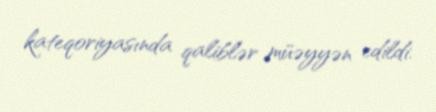
kateqoriyasında qaliblər müəyyən edildi.